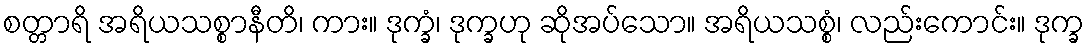
စတ္တာရိ အရိယသစ္စာနီတိ၊ ကား။ ဒုက္ခံ၊ ဒုက္ခဟု ဆိုအပ်သော။ အရိယသစ္စံ၊ လည်းကောင်း။ ဒုက္ခ